Vaccination in the Punjab 1883-1896 - 1883-1896
Year: 1883
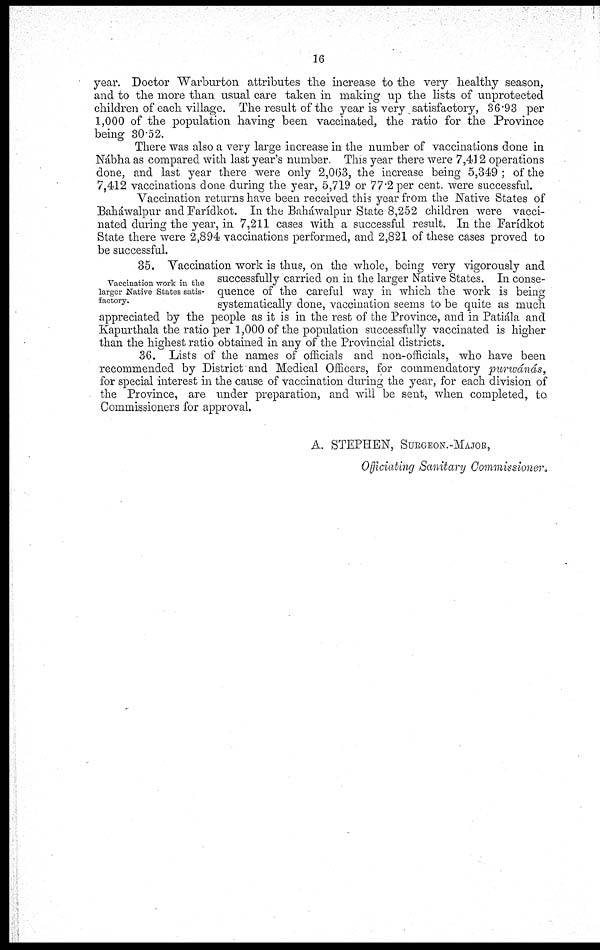
16
year. Doctor Warburton attributes the increase to the very healthy season,
and to the more than usual care taken in making up the lists of unprotected
children of each village. The result of the year is very satisfactory, 36.93 per
1,000 of the population having been vaccinated, the ratio for the Province
being 30.52.
There was also a very large increase in the number of vaccinations done in
Nábha as compared with last year's number. This year there were 7,412 operations
done, and last year there were only 2,063, the increase being 5,349 ; of the
7,412 vaccinations done during the year, 5,719 or 77.2 per cent. were successful.
Vaccination returns have been received this year from the Native States of
Baháwalpur and Farídkot. In the Baháwalpur State 8,252 children were vacci-
nated during the year, in 7,211 cases with a successful result. In the Farídkot
State there were 2,894 vaccinations performed, and 2,821 of these cases proved to
be successful.
Vaccination work in the
larger Native States satis-
factory.
35. Vaccination work is thus, on the whole, being very vigorously and
successfully carried on in the larger Native States. In conse-
quence of the careful way in which the work is being
systematically done, vaccination seems to be quite as much
appreciated by the people as it is in the rest of the Province, and in Patiála and
Kapurthala the ratio per 1,000 of the population successfully vaccinated is higher
than the highest ratio obtained in any of the Provincial districts.
36. Lists of the names of officials and non-officials, who have been
recommended by District and Medical Officers, for commendatory purwánás,
for special interest in the cause of vaccination during the year, for each division of
the Province, are under preparation, and will be sent, when completed, to
Commissioners for approval.
A. STEPHEN, SURGEON.-MAJOR,
Officiating Sanitary Commissioner.